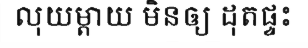
លុយម្តាយ មិនឲ្យ ដុតផ្ទះ